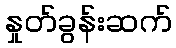
နှုတ်ခွန်းဆက်